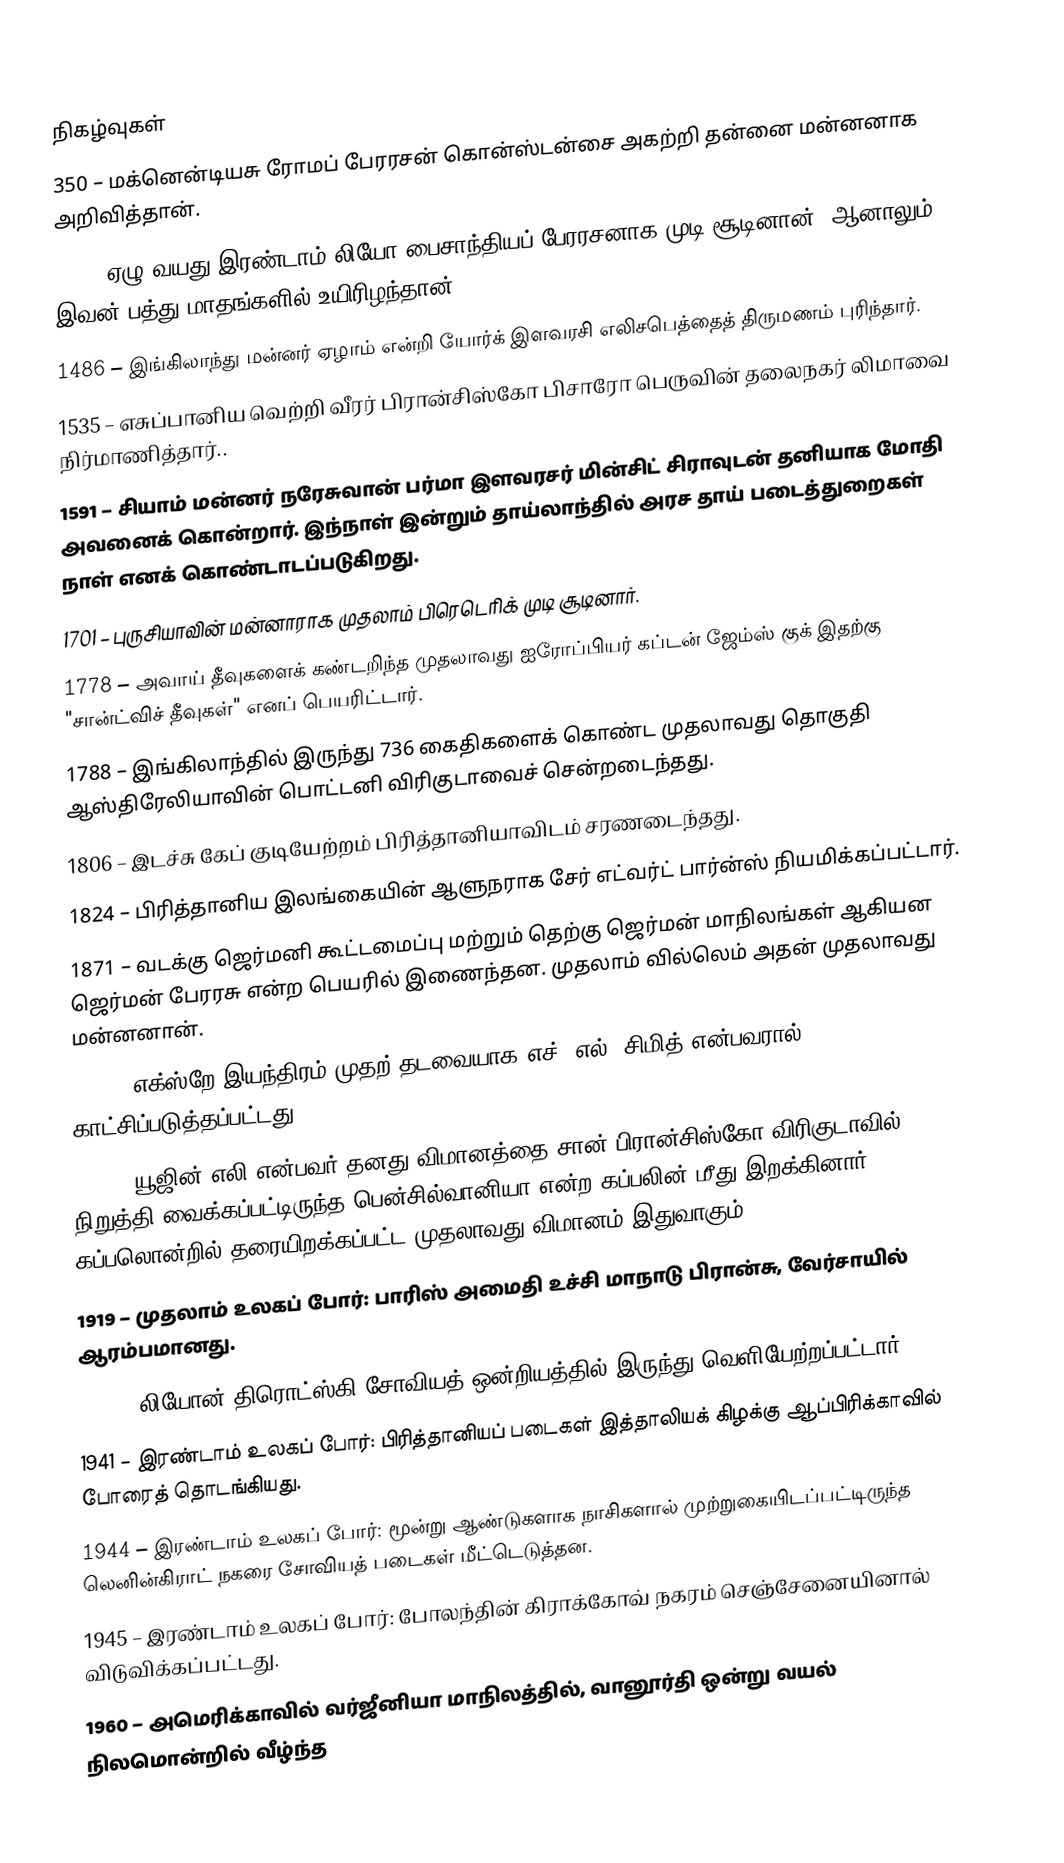

நிகழ்வுகள்
 350 – மக்னென்டியசு ரோமப் பேரரசன் கொன்ஸ்டன்சை அகற்றி தன்னை மன்னனாக அறிவித்தான்.
 474 – ஏழு வயது இரண்டாம் லியோ பைசாந்தியப் பேரரசனாக முடி சூடினான். ஆனாலும், இவன் பத்து மாதங்களில் உயிரிழந்தான்.
1486 – இங்கிலாந்து மன்னர் ஏழாம் என்றி யோர்க் இளவரசி எலிசபெத்தைத் திருமணம்  புரிந்தார்.
1535 – எசுப்பானிய வெற்றி வீரர் பிரான்சிஸ்கோ பிசாரோ பெருவின் தலைநகர் லிமாவை நிர்மாணித்தார்..
1591 – சியாம் மன்னர் நரேசுவான் பர்மா இளவரசர் மின்சிட் சிராவுடன் தனியாக மோதி அவனைக் கொன்றார். இந்நாள் இன்றும் தாய்லாந்தில் அரச தாய் படைத்துறைகள் நாள் எனக் கொண்டாடப்படுகிறது.
1701 – புருசியாவின் மன்னாராக முதலாம் பிரெடெரிக் முடி சூடினார்.
1778 – அவாய் தீவுகளைக் கண்டறிந்த முதலாவது ஐரோப்பியர் கப்டன் ஜேம்ஸ் குக் இதற்கு "சான்ட்விச் தீவுகள்" எனப் பெயரிட்டார்.
1788 – இங்கிலாந்தில் இருந்து 736 கைதிகளைக் கொண்ட முதலாவது தொகுதி ஆஸ்திரேலியாவின் பொட்டனி விரிகுடாவைச் சென்றடைந்தது.
1806 – இடச்சு கேப் குடியேற்றம் பிரித்தானியாவிடம் சரணடைந்தது.
1824 – பிரித்தானிய இலங்கையின் ஆளுநராக சேர் எட்வர்ட் பார்ன்ஸ் நியமிக்கப்பட்டார்.
1871 – வடக்கு ஜெர்மனி கூட்டமைப்பு மற்றும் தெற்கு ஜெர்மன் மாநிலங்கள் ஆகியன ஜெர்மன் பேரரசு என்ற பெயரில் இணைந்தன. முதலாம் வில்லெம் அதன் முதலாவது மன்னனான்.
1896 – எக்ஸ்றே இயந்திரம் முதற் தடவையாக எச். எல். சிமித் என்பவரால் காட்சிப்படுத்தப்பட்டது.
1911 – யூஜின் எலி என்பவர் தனது விமானத்தை சான் பிரான்சிஸ்கோ விரிகுடாவில் நிறுத்தி வைக்கப்பட்டிருந்த பென்சில்வானியா என்ற கப்பலின் மீது இறக்கினார். கப்பலொன்றில் தரையிறக்கப்பட்ட முதலாவது விமானம் இதுவாகும்.
1919 – முதலாம் உலகப் போர்: பாரிஸ் அமைதி உச்சி மாநாடு பிரான்சு, வேர்சாயில் ஆரம்பமானது.
1929 – லியோன் திரொட்ஸ்கி சோவியத் ஒன்றியத்தில் இருந்து வெளியேற்றப்பட்டார்.
1941 – இரண்டாம் உலகப் போர்: பிரித்தானியப் படைகள் இத்தாலியக் கிழக்கு ஆப்பிரிக்காவில் போரைத் தொடங்கியது.
1944 – இரண்டாம் உலகப் போர்: மூன்று ஆண்டுகளாக நாசிகளால் முற்றுகையிடப்பட்டிருந்த லெனின்கிராட் நகரை சோவியத் படைகள் மீட்டெடுத்தன.
1945 – இரண்டாம் உலகப் போர்: போலந்தின் கிராக்கோவ் நகரம் செஞ்சேனையினால் விடுவிக்கப்பட்டது.
1960 – அமெரிக்காவில் வர்ஜீனியா மாநிலத்தில், வானூர்தி ஒன்று வயல் நிலமொன்றில் வீழ்ந்த